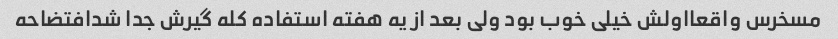
مسخرس واقعااولش خیلی خوب بود ولی بعد از یه هفته استفاده کله گیرش جدا شدافتضاحه